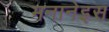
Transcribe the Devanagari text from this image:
मनानेइस